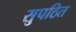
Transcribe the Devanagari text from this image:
सुपठित